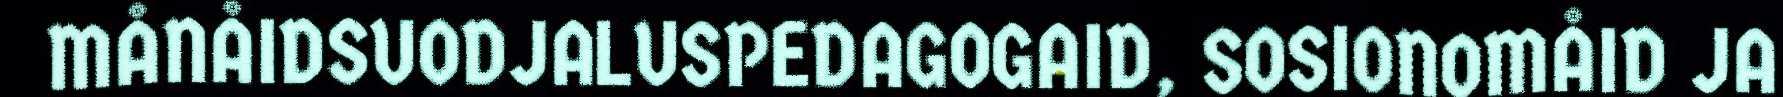
MÅNÅIDSUODJALUSPEDAGOGAID, SOSIONOMÅID JA